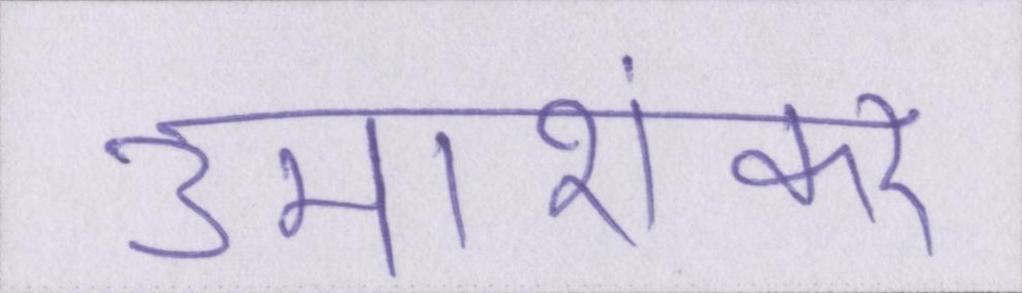
उमाशंकर